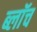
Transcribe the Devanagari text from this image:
ब्लाॅच